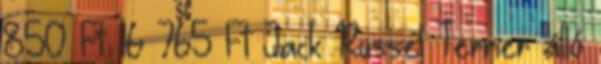
850 Ft 16 765 Ft Jack Russel Terrier álló